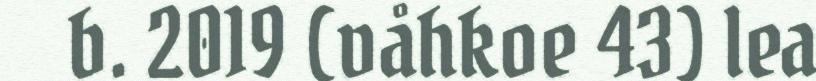
b. 2019 (våhkoe 43) lea